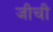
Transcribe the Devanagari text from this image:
जीची